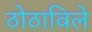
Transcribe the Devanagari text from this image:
ठोठाविले